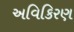
અવિકિરણ